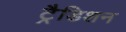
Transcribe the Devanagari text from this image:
ट्रैडिशन